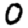
Digit: 0